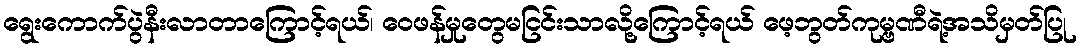
ရွေးကောက်ပွဲနီးလာတာကြောင့်ရယ်၊ ဝေဖန်မှုတွေမငြင်းသာလို့ကြောင့်ရယ် ဖေ့ဘွတ်ကုမ္ဗဏီရဲ့အသိမှတ်ပြု